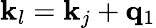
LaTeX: \mathbf{k}_{l}=\mathbf{k}_{j}+\mathbf{q}_{1}